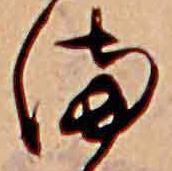
ま